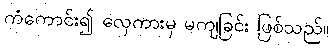
ကံကောင်း၍ လှေကားမှ မကျခြင်း ဖြစ်သည်။